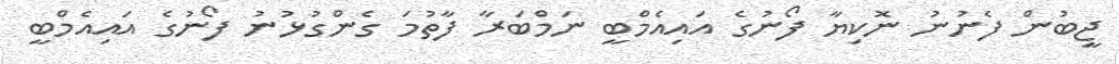
ޖީބުން ފެނުނު ނޮކިޔާ ފޯނުގެ އައިއެމްބީ ނަމްބަރާ ފާތުމަ ގެންގުޅުނު ފޯނުގެ އައިއެމްބީ